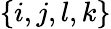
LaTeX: \{ i,j,l,k\}